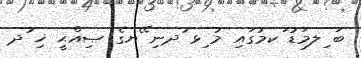
ބަ ިލމަޑު ަކމުގައި މު ިޅ ުދނި ޭޔގެ ޞިއްޙީ ޚި ުދ